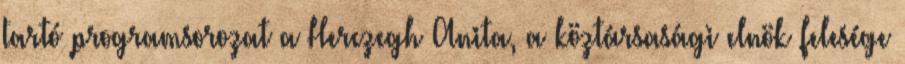
tartó programsorozat a Herczegh Anita, a köztársasági elnök felesége